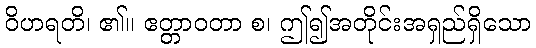
ဝိဟရတိ၊ ၏။ ဧတ္တာဝတာ စ၊ ဤ၍အတိုင်းအရှည်ရှိသော